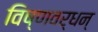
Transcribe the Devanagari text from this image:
विष्णवर्धन्